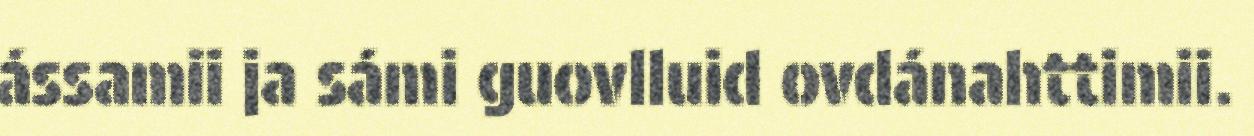
ássamii ja sámi guovlluid ovdánahttimii.